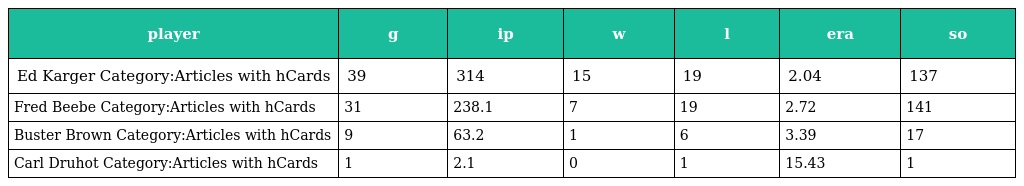
| player | g | ip | w | l | era | so |
 | --- | --- | --- | --- | --- | --- | --- |
 | Ed Karger Category:Articles with hCards | 39 | 314 | 15 | 19 | 2.04 | 137 |
 | Fred Beebe Category:Articles with hCards | 31 | 238.1 | 7 | 19 | 2.72 | 141 |
 | Buster Brown Category:Articles with hCards | 9 | 63.2 | 1 | 6 | 3.39 | 17 |
 | Carl Druhot Category:Articles with hCards | 1 | 2.1 | 0 | 1 | 15.43 | 1 |